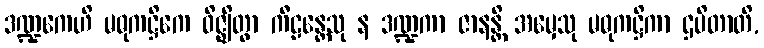
ဒဏ္ဍကေဟိ မဓုကဋ္ဌိကေ ဝိဇ္ဈိတွာ ကီဠန္တေသု န ဒဏ္ဍကာ ဇာနန္တိ အမှေသု မဓုကဋ္ဌိကာ ဌပိတာတိ,